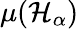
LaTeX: \mu(\mathcal{H}_{\alpha})